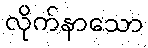
လိုက်နာသော